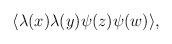
LaTeX: \begin{align*}\langle \lambda (x) \lambda (y) \psi (z) \psi (w) \rangle ,\end{align*}